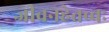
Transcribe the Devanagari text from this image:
जीवनहेतव्वः